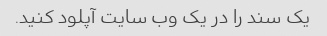
یک سند را در یک وب سایت آپلود کنید.